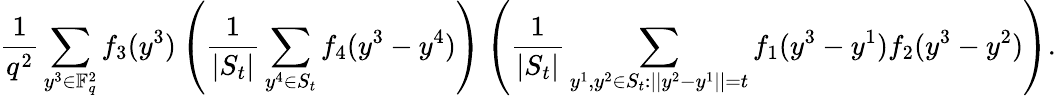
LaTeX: \frac{1}{q^{2}}\sum_{y^{3}\in\mathbb F_{q}^{2}}f_{3}(y^{3})\left(\frac{1}{|S_{t}|}\sum_{y^{4}\in S_{t}}f_{4}(y^{3}-y^{4})\right)\left(\frac{1}{|S_{t}|}\sum_{y^{1},y^{2}\in S_{t}:||y^{2}-y^{1}||=t}f_{1}(y^{3}-y^{1})f_{2}(y^{3}-y^{2})\right).